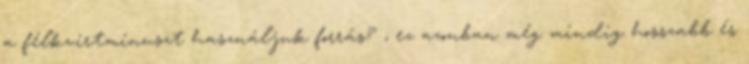
a félkvirtmínuszt használjuk forrás? ; ez azonban még mindig hosszabb és